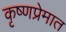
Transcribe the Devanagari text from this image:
कृष्णप्रेमात